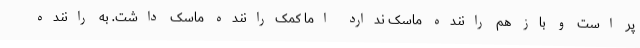
پر است و باز هم راننده ماسک ندارد اما کمک‌راننده ماسک داشت. به راننده